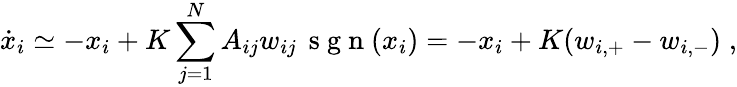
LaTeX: \dot{x}_{i}\simeq-x_{i}+K\sum_{j=1}^{N}A_{ij}w_{ij}\, \mathrm{~s~g~n~}(x_{i})=-x_{i}+K(w_{i,+}-w_{i,-})\; ,